Malaria in the Andamans - Number 56
Disease focus: Malaria
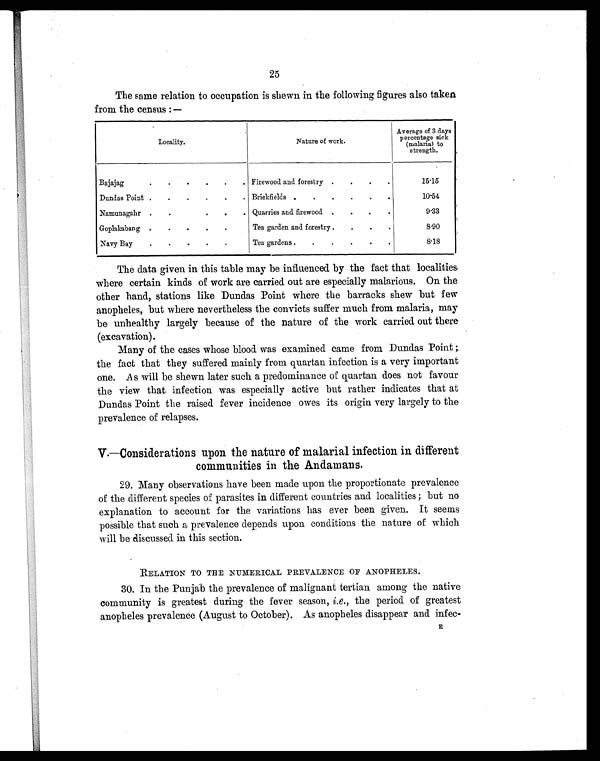
25
The same relation to occupation is shewn in the following figures also taken
from the census :—
Locality.
Nature of work.
Average of 3 days
percentage sick
(malaria) to
strength.
Bajajag
.
.
.
.
.
Firewood and forestry .
.
.
.
1 5 . 1 5
Dundas Point .
.
.
.
.
. Brickfields .
.
.
.
.
.
10.54
Namunagahr .
.
.
.
. Quarries and firewood.
.
.
.
9.33
Goplakabang .
.
.
.
.
Tea garden and forestry .
.
.
.
8.90
Navy Bay
.
.
.
.
.
Tea gardens .
.
.
.
.
.
8 . 1 8
The data given in this table may be influenced by the fact that localities
where certain kinds of work are carried out are especially malarious. On the
other hand, stations like Dundas Point where the barracks shew but few
anopheles, but where nevertheless the convicts suffer much from malaria, may
be unhealthy largely because of the nature of the work carried out there
(excavation).
Many of the cases whose blood was examined came from Dundas Point;
the fact that they suffered mainly from quartan infection is a very important
one. As will be shewn later such a predominance of quartan does not favour
the view that infection was especially active but rather indicates that at
Dundas Point the raised fever incidence owes its origin very largely to the
prevalence of relapses.
V.—Considerations upon the nature of malarial infection in different
communities in the Andamans.
29.
Many observations have been made upon the proportionate prevalence
of the different species of parasites in different countries and localities;] but no
explanation to account for the variations has ever been given. It seems
possible that such a prevalence depends upon conditions the nature of which
will be discussed in this section.
RELATION TO THE NUMERICAL PREVALENCE OF ANOPHELES.
30. In the Punjab the prevalence of malignant tertian among the native
community is greatest during the fever season, i.e., the period of greatest
anopheles prevalence (August to October). As anopheles disappear and infec-
E